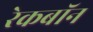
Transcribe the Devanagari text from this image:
रेकबॉन